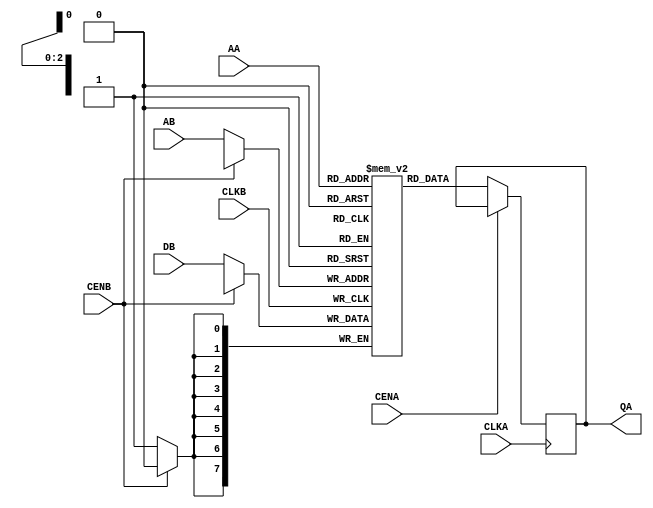
//
//
//# Copyright (C) 2023, Advanced Micro Devices, Inc. All rights reserved.
//# SPDX-License-Identifier: X11
//
//

// Description     : Generic 2-Port Register File
// Memory Name rules :
//   Port - DP dual port, TP  two port, SP single port
//   Type - SR sram compiler (ra1sh, ra2sh);
//          RF register file compiler (rf1sh, rf2sh)
//   Size - depth x bits

module TPSR (
   // Outputs
   QA,
   // Inputs
   CLKA, CLKB, CENA, CENB, AA, AB, DB
   );

parameter       WORD_DEPTH = 8,
                DATA_WIDTH = 8;
localparam      ADDR_WIDTH = nextpow2(WORD_DEPTH);

input                           CLKA;
input                           CLKB;
input                           CENA;
input                           CENB;
input  [ADDR_WIDTH-1:0]         AA;
input  [ADDR_WIDTH-1:0]         AB;

output [DATA_WIDTH-1:0]         QA;
input  [DATA_WIDTH-1:0]         DB;

// Constant function for parameter computation
function integer nextpow2(input integer x);
      integer t;
      begin
	 t=x-1;// To be compatible with matlab
	 for(nextpow2=0; t>0; nextpow2=nextpow2+1)
	   t = t >> 1;
      end
endfunction // nextpow2

  reg    [DATA_WIDTH-1:0]         memory[0:WORD_DEPTH-1];
  reg    [DATA_WIDTH-1:0]         QA;

  // Write
  always @(posedge CLKB) begin
    if (!CENB)
      memory[AB] <= DB;
  end

  // Read
  always @(posedge CLKA) begin
    if (!CENA)
      QA <= memory[AA];
  end

endmodule